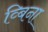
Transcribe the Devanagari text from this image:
व्बिना